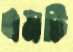
এমটি